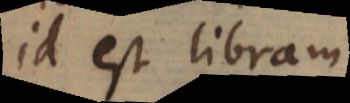
id est libram